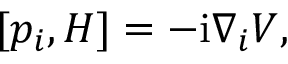
\begin{array} { r } { [ p _ { i } , H ] = - \mathrm { i } \nabla _ { i } V , } \end{array}